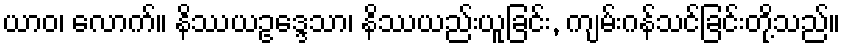
ယာဝ၊ လောက်။ နိဿယဥဒ္ဒေသာ၊ နိဿယည်းယူခြင်း, ကျမ်းဂန်သင်ခြင်းတို့သည်။